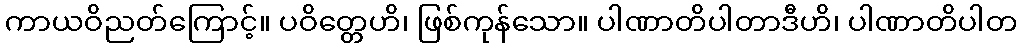
ကာယဝိညတ်ကြောင့်။ ပဝိတ္တေဟိ၊ ဖြစ်ကုန်သော။ ပါဏာတိပါတာဒီဟိ၊ ပါဏာတိပါတ